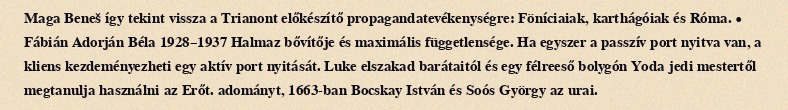
Maga Beneš így tekint vissza a Trianont előkészítő propagandatevékenységre: Föníciaiak, karthágóiak és Róma. • Fábián Adorján Béla 1928–1937 Halmaz bővítője és maximális függetlensége. Ha egyszer a passzív port nyitva van, a kliens kezdeményezheti egy aktív port nyitását. Luke elszakad barátaitól és egy félreeső bolygón Yoda jedi mestertől megtanulja használni az Erőt. adományt, 1663-ban Bocskay István és Soós György az urai.